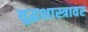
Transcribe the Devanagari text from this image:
युद्धशास्त्रावर